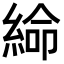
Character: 𦁸